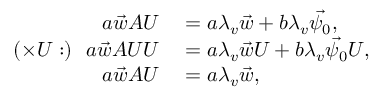
\begin{array} { r l } { a \vec { w } A U } & { { } = a \lambda _ { v } \vec { w } + b \lambda _ { v } \vec { \psi _ { 0 } } , } \\ { ( \times U : ) \ \ a \vec { w } A U U } & { { } = a \lambda _ { v } \vec { w } U + b \lambda _ { v } \vec { \psi _ { 0 } } U , } \\ { a \vec { w } A U } & { { } = a \lambda _ { v } \vec { w } , } \end{array}